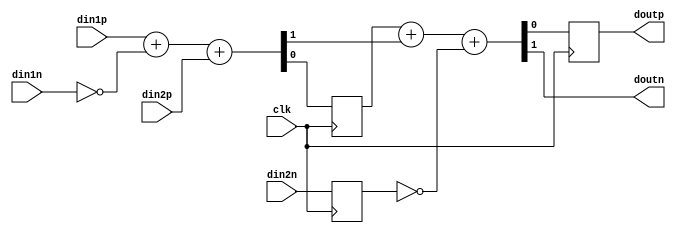
module radix2adderSerialBlock(din1p, din1n, din2p, din2n, clk, doutp, doutn);

	input din1p, din1n, din2p, din2n, clk;
	output doutp, doutn;
	
	reg fa1s_reg, din2n_reg, fa2c_reg, fa2s_reg1, fa2s_reg2;
	wire fa1s, fa1c, fa2s, fa2c;
	
	assign {fa1c,fa1s} = din1p + ~din1n + din2p;
	assign {fa2c,fa2s} = fa1s_reg + fa1c + ~din2n_reg;
//	assign doutn = fa2c_reg;
//	assign doutp = fa2s_reg2;
	assign doutn = fa2c;
	assign doutp = fa2s_reg1;
	
	
	always @ (posedge clk)
	begin
		fa1s_reg <= fa1s;
		din2n_reg <= din2n;
//		fa2c_reg <= fa2c;
		fa2s_reg1 <= fa2s;
//		fa2s_reg2 <= fa2s_reg1;
	end
endmodule